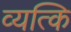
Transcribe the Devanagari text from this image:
व्यत्कि